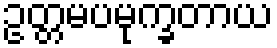
ဥတ္တမပမုက္ခတာယ